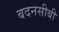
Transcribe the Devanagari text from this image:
बदनसीबी